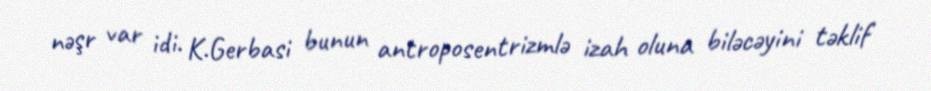
nəşr var idi. K.Gerbasi bunun antroposentrizmlə izah oluna biləcəyini təklif